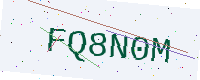
Text: FQ8N0M